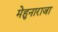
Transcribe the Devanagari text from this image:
मेहुनाराजा